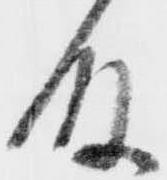
殿